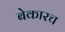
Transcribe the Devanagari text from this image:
बेकारच